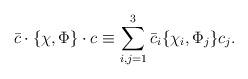
LaTeX: \begin{align*}\bar{c}\cdot\{\chi,\Phi\}\cdot c \equiv\sum_{i,j=1}^3 \bar{c}_i\{\chi_i,\Phi_j\} c_j.\end{align*}